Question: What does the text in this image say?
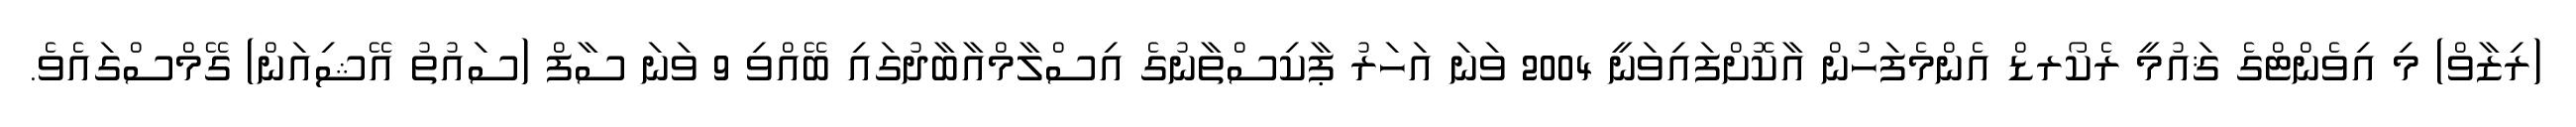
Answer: (ރިޒާވް) މި އިވެންޓްގެ ޤައުމީ ރެކޯރޑް އެންމެފަހުން އާކޮށްފައިވަނީ 2004 ވަނަ އަހަރު ޕާކިސްތާނުގެ އިސްލާމްއާބާދުގައި ބޭއްވި 9 ވަނަ ސާފް (ސައުތު އޭޝިއަން) ގޭމްސްގައެވެ.